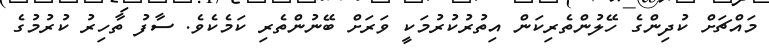
މައްޗަށް ކުދިންގެ ހޭލުންތެރިކަން އިތުރުކުރުމަކީ ވަރަށް ބޭނުންތެރި ކަމެކެވެ. ސާފު ތާހިރު ކުރުމުގެ